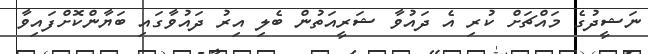
ނަޝީދުގެ މައްޗަށް ކުރި އެ ދައުވާ ޝަރީއަތުން ބެލި އިރު ދައުވާގައި ބަޔާންކޮށްފައިވާ